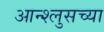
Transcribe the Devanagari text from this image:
आन्श्लुसच्या